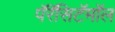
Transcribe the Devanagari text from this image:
पॅरॅसिटॅमॉल